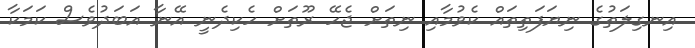
އިނގިލަތުގެ ނިޔަފަތިތައް ކެވުމާއި ނިތަށް ޖެހޭ ރޫތަށް ހެކިދެނީ އޭނާ އަބަދުވެސް ކަމަކާ